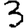
Digit: 3